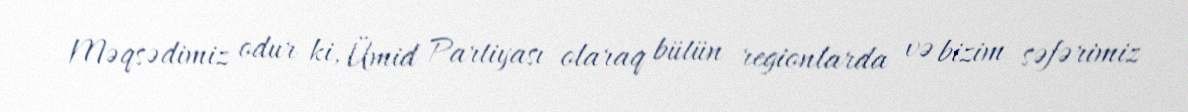
Məqsədimiz odur ki, Ümid Partiyası olaraq bütün regionlarda və bizim səfərimiz